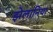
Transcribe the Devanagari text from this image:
झेलानिया